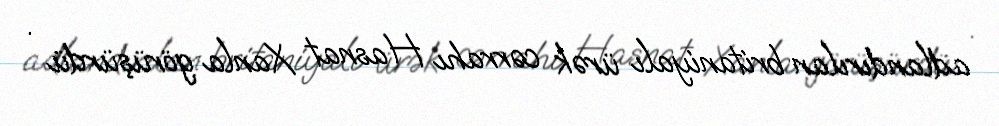
adlandırılan britaniyalı ürək cərrahı Hasnat Xanla görüşürdü .